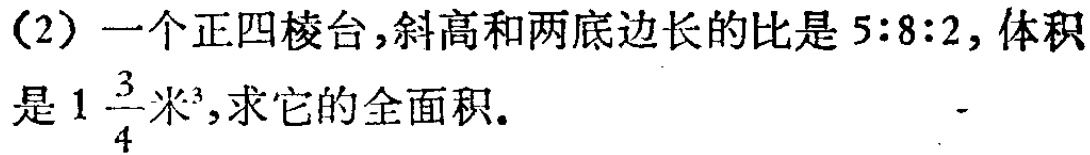
(2) 一个正四棱台，斜高和两底边长的比是\(5:8:2\)，体积是\(1\frac{3}{4}\)米\(^{3}\)，求它的全面积。